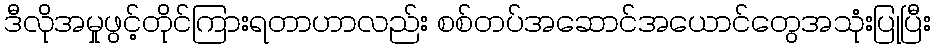
ဒီလိုအမှုဖွင့်တိုင်ကြားရတာဟာလည်း စစ်တပ်အဆောင်အယောင်တွေအသုံးပြုပြီး